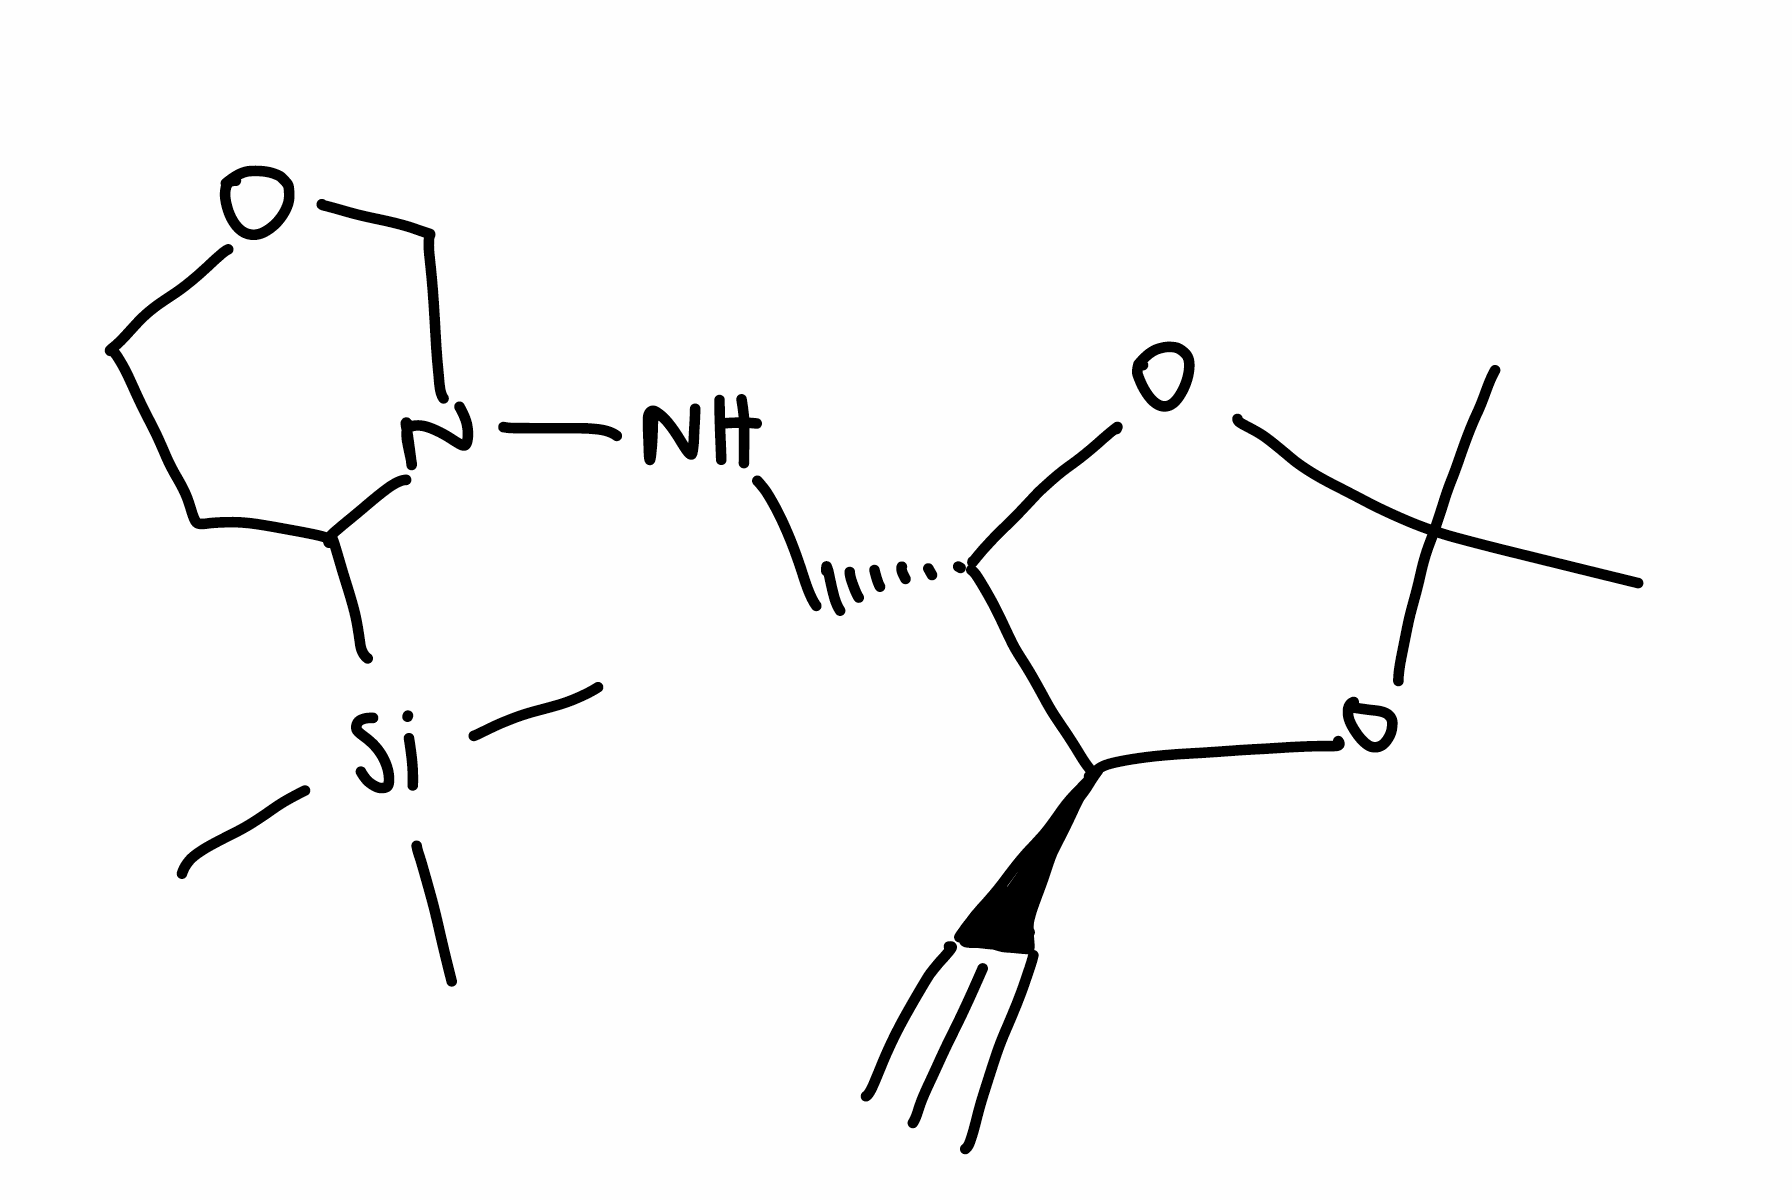
Simplified molecular-input line-entry system (SMILES) notation of the given molecule:
CC1(O[C@H]([C@@H](O1)C#C)CNN2COCCC2[Si](C)(C)C)C